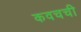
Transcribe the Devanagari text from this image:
कवचची